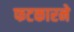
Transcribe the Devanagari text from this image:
फटकारने